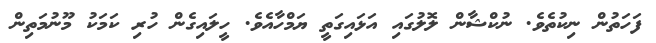
ފަހަތުން ނިކުތެވެ. ނުކްޝާން ލޮލުގައި އަޅައިގަތީ ޔަމްހާއެވެ. ހީލައިގެން ހުރި ކަމަކު މޫނުމަތިން